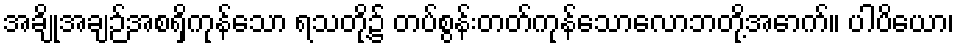
အချိုအချဉ်အစရှိကုန်သော ရသတို့၌ တပ်စွန်းတတ်ကုန်သောလောဘတို့အောက်။ ပါပိယော၊